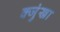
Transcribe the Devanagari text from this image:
क्जुंखा